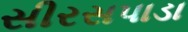
સીરસપાડા